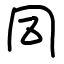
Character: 同